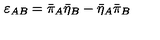
\varepsilon _ { A B } = \bar { \pi } _ { A } \bar { \eta } _ { B } - \bar { \eta } _ { A } \bar { \pi } _ { B }